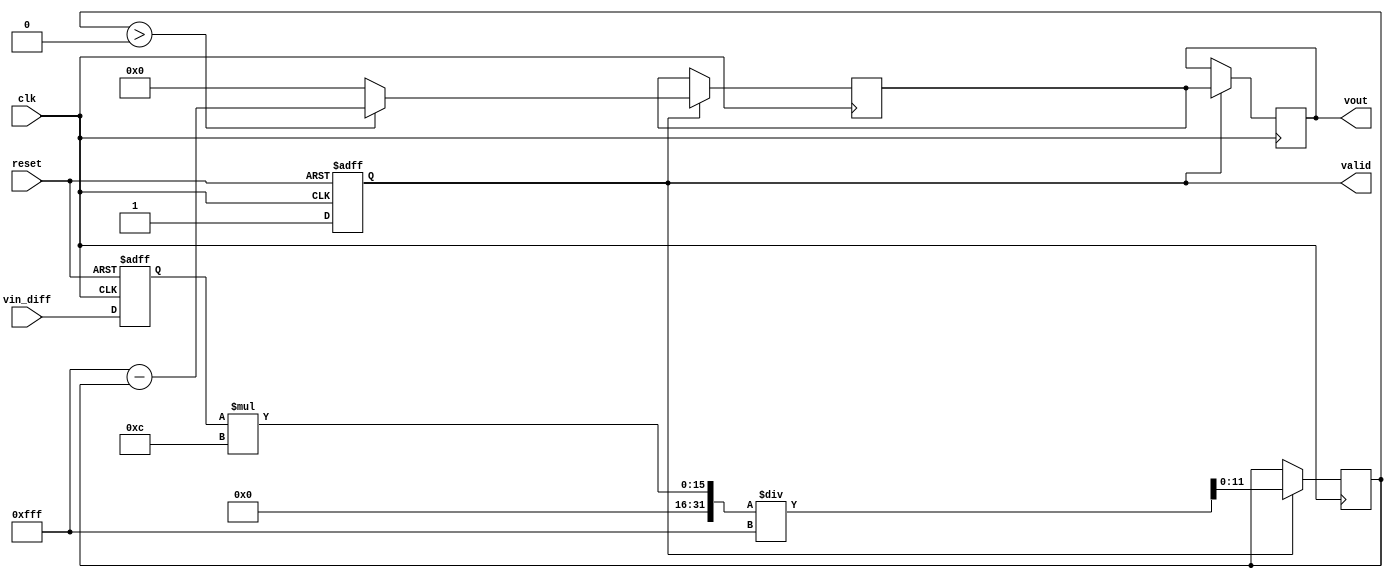
module LogarithmicAmplifier (
    input wire [11:0] vin_diff,     // Differential input signal (12-bit)
    input wire clk,                 // Clock signal
    input wire reset,               // Reset signal
    output reg [11:0] vout,         // Output voltage (12-bit)
    output reg valid                // Output valid signal
);

    // Parameters
    parameter VREF = 12'hFFF;       // Reference voltage for logarithmic scale
    parameter MAX_INPUT = 12'hFFF;  // Maximum input voltage
    parameter LOG_SCALE = 12;       // Scale for logarithmic conversion

    // Internal signals
    reg [11:0] vin;                 // Input voltage
    reg [11:0] log_current;         // Logarithmic current representation
    reg [11:0] vout_temp;           // Temporary output voltage

    // Input stage: Differential input handling (simple averaging for example)
    always @(posedge clk or posedge reset) begin
        if (reset) begin
            vin <= 12'b0;
            valid <= 1'b0;
        end else begin
            vin <= vin_diff; // Assume vin_diff is already processed for differential input
            valid <= 1'b1;   // Set valid signal when new input is available
        end
    end

    // Transconductance Amplifier: Simplified current conversion (linear approximation)
    always @(posedge clk) begin
        if (valid) begin
            log_current <= vin * LOG_SCALE / MAX_INPUT; // Simple linear approximation for demo
        end
    end

    // Logarithmic Conversion Block
    always @(posedge clk) begin
        if (valid) begin
            // Simplified logarithmic conversion using a shift operation (not a true log)
            // In practice, a lookup table or more complex function would be used
            vout_temp <= (log_current > 0) ? (VREF - log_current) : 12'b0; // Inversion for logarithmic
        end
    end

    // Output Stage: Current-to-Voltage Converter (simplified)
    always @(posedge clk) begin
        if (valid) begin
            vout <= vout_temp; // Output the converted voltage
        end
    end

endmodule